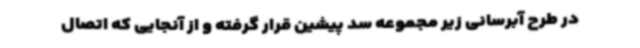
در طرح آبرسانی زیر مجموعه سد پیشین قرار گرفته و از آنجایی که اتصال